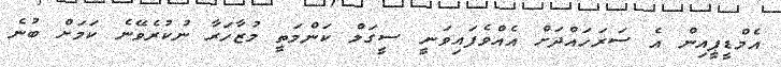
އެމްޑީޕީއިން އެ ސަރަހައްދަށް އެއްވެފައިވަނީ ސީގަލް ކަންމަތީ މުޒާހަރާ ނުކުރެވޭނެ ކަމަށް ބުނެ